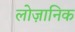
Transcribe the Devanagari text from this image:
लोज़ानिक